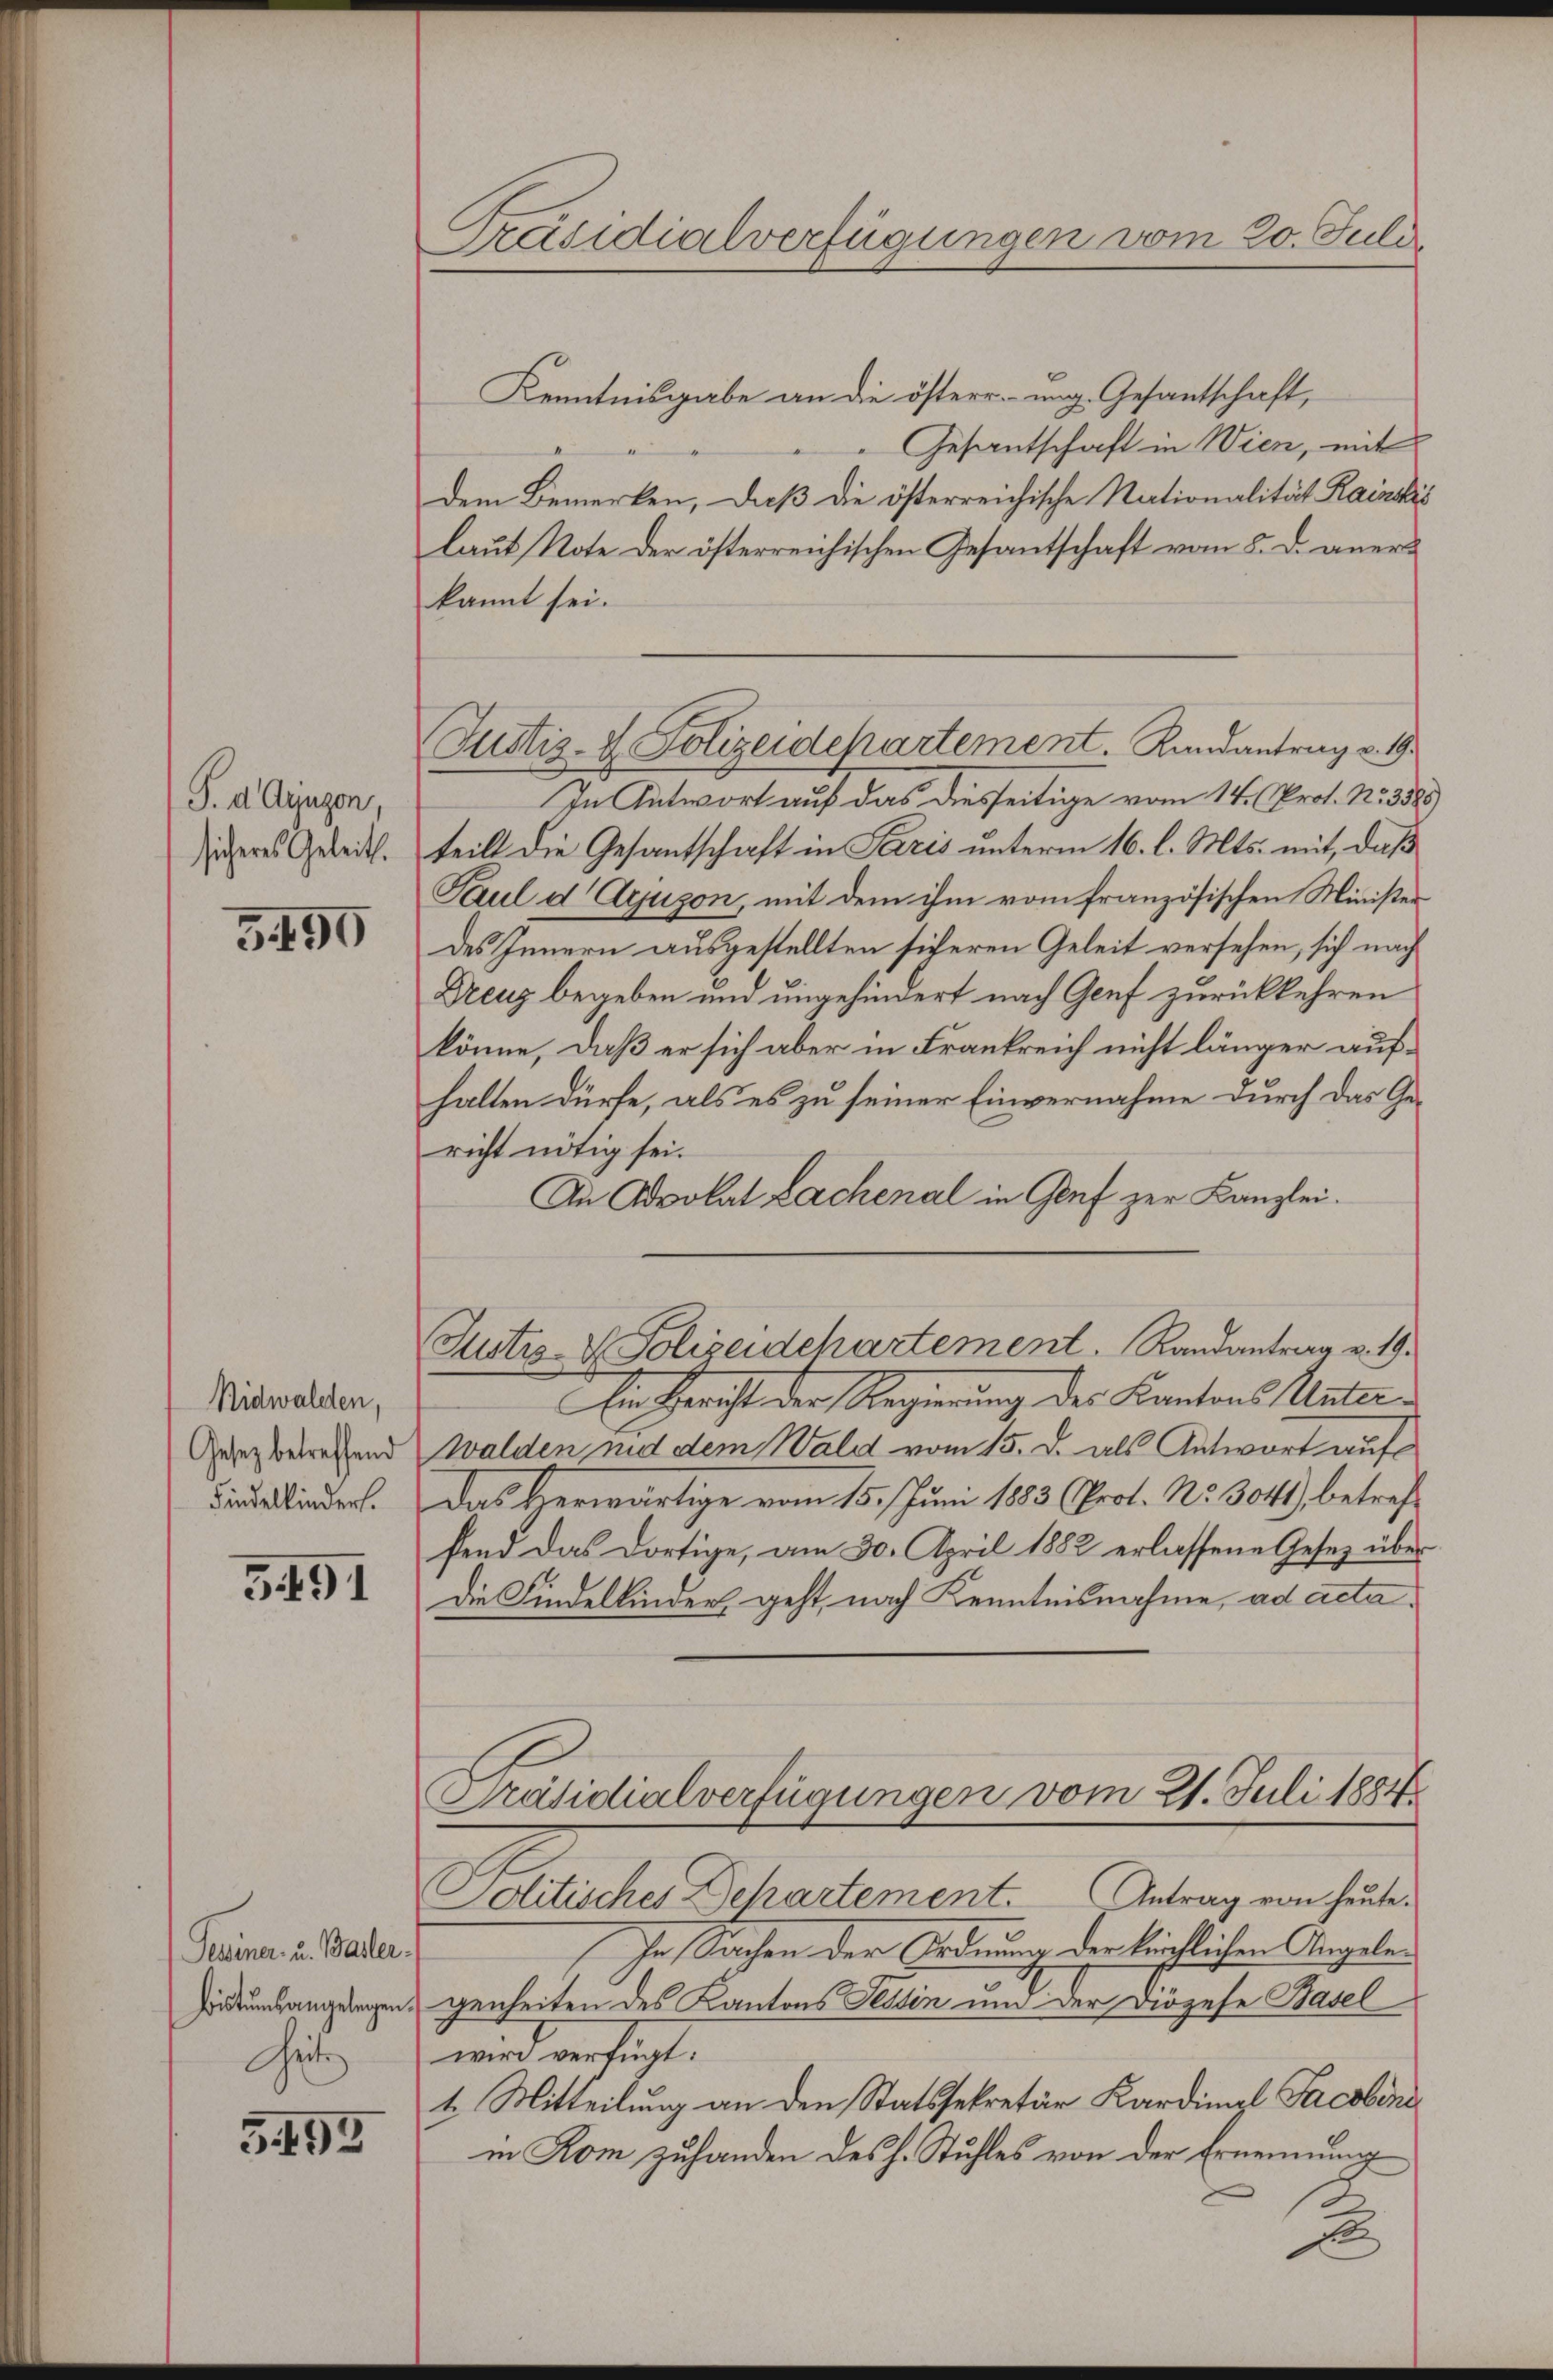
P. d. Gujugen,
sicheres Geleit.

3490

Nidwaldten,
Gesetz betreffend
Findelkindert.

3491

Peciner u. Basler.
hristums angelegen.
Heite

5493

Präsidialverfügungen vom 20. Juli

Justiz- & Polizeidepartement. Landantrag v. 19.

Kenntnisgabe an die österrung Gesantschaft,
Gesantschaft in Wien, mit
dem Bemerken, daß die österreichische Nationalität Rainkis
laut Note der österreichischen Gesantschaft vom 8. d. anerkannt sei.
In Antwort auf das diesseitige vom 14. (Prof. No. 3585
teilt die Gesantschaft in Paris unterm 16. l. Mts. mit, daß
Paul d Ajuson, mit dem ihm vom französischen Minister
des Innern ausgestellten sicheren Geleit versehen, sich nach
Dreuz begeben und ungehindert nach Genf zurückkehren
könne, daß er sich aber in Frankreich nicht länger aufhalten dürfe, als es zu seiner Einvernahme durch das Gericht nötig sei.
An Advokat Lachenal in Genf zur Kanzlei.
Justiz- & Polizeidchartement. Randantrag v. 19.
Ein Herist der Regierung des Kantons Unterwalden mit dem Wald vom 15. d. als Antwort auf
Das Herwärtige vom 15. Juni 183 (Prot. No. 3044), betreffend das dortige, am 30. April 1882 erlassene Gesetz über
die Kindelkinders geht, nach Kenntnisnahme, ad acta.
Präsidialverfügungen vom 21. Juli 1884
Politischer Behartement. Antrag von heute
In Sachen der Ordnung der kirchlichen Angelegenheiten des Kantons Tessin und der Diözese Basel
wird verfügt.
1. Mitteilung an den Statssekretär Kardinal Facobins
in Rom zuhanden des h. Stuhles von der Ernennung
2
x